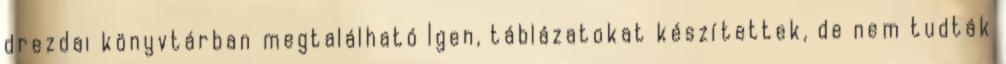
drezdai könyvtárban megtalálható Igen, táblázatokat készítettek, de nem tudták